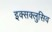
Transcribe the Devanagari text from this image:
इक्सक्लुसिव